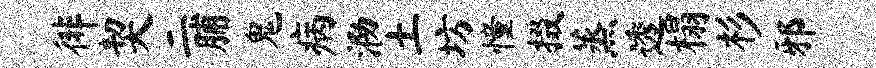
徘契二脯鬼病泐土坊憧掇蒸透榻杉邪